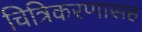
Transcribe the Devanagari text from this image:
चित्रिकरणासह